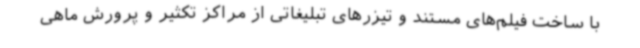
با ساخت فیلم‌های مستند و تیزرهای تبلیغاتی از مراکز تکثیر و پرورش ماهی